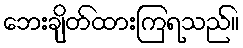
ဘေးချိတ်ထားကြရသည်။